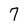
Character: 7